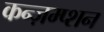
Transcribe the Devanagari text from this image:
कन्ज़म्प्शन